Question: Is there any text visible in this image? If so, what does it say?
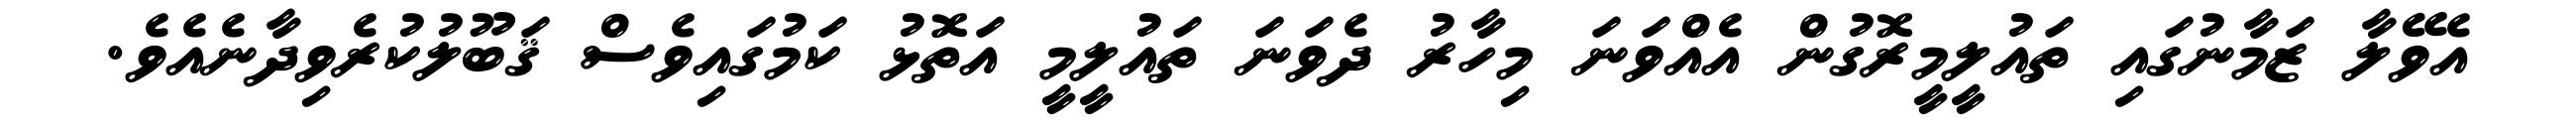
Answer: އެވޭލާ ޒަމާނުގައި ތައުލީމީރޮގުން އެއްވަނަ މިހާރު ދެވަނަ ތައުލީމީ އަތޮޅު ކަމުގައިވެސް ޤަބޫލުކުރެވިދާނެއެވެ.